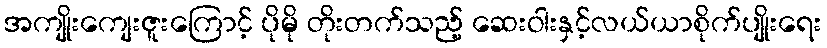
အကျိုးကျေးဇူးကြောင့် ပိုမို တိုးတက်သည့် ဆေးဝါးနှင့်လယ်ယာစိုက်ပျိုးရေး